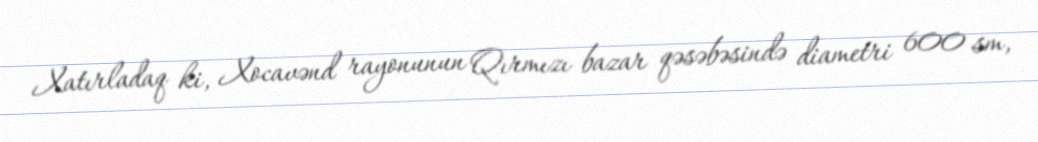
Xatırladaq ki, Xocavənd rayonunun Qırmızı bazar qəsəbəsində diametri 600 sm,